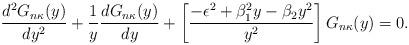
LaTeX: \begin{align*}\frac{d^2G_{n\kappa}(y)}{dy^2}+\frac{1}{y}\frac{dG_{n\kappa}(y)}{dy}+\left[\frac{-\epsilon^2+\beta_1^2y-\beta_2y^2}{y^2}\right]G_{n\kappa}(y)=0.\end{align*}